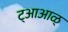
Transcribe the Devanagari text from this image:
ट्आआळ्